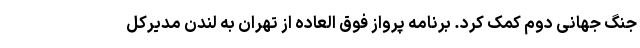
جنگ جهانی دوم کمک کرد. برنامه پرواز فوق العاده از تهران به لندن مدیرکل